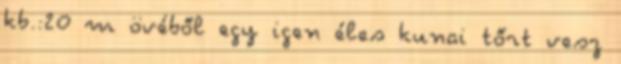
kb.:20 m övéből egy igen éles kunai tőrt vesz